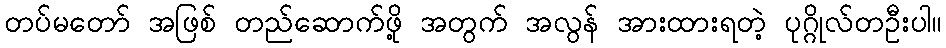
တပ်မတော် အဖြစ် တည်ဆောက်ဖို့ အတွက် အလွန် အားထားရတဲ့ ပုဂ္ဂိုလ်တဦးပါ။